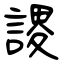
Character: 謖